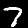
Digit: 7